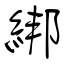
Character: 綁